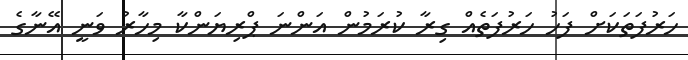
ހަރުފަތަކަށް ފަހު ހަރުފަތެއް ގިރާ ކުރަމުން އަންނަ ޕްރިޔަންކާ މިހާރު ވަނީ އޭނާގެ